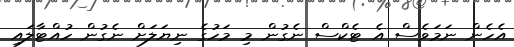
އެހެން ނަމަވެސް އެ ޓެކްސް ނެގުން މި މަހުގެ ނިޔަލަށް ނެގުން ހުއްޓާލައި